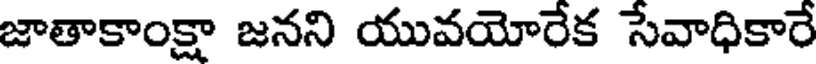
జాతాకాంక్షా జనని యువయోరేక సేవాధికారే